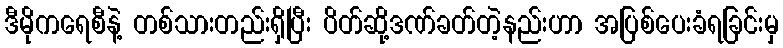
ဒီမိုကရေစီနဲ့ တစ်သားတည်းရှိပြီး ပိတ်ဆို့ဒဏ်ခတ်တဲ့နည်းဟာ အပြစ်ပေးခံရခြင်းမှ